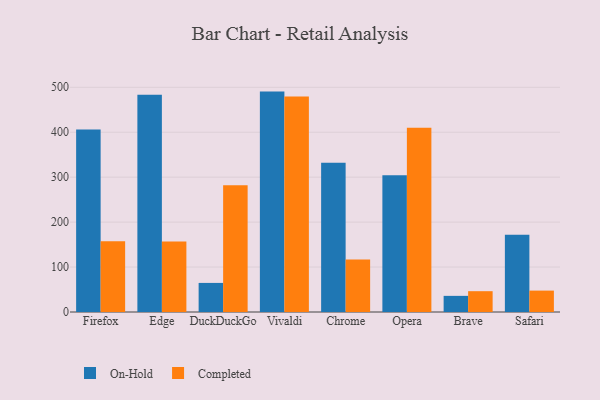
{"axis": {"x": "Browser", "y": "Satisfaction Score"}, "legend": ["Completed", "On-Hold"], "data": [{"x": "Firefox", "y": 405.9, "type": "On-Hold"}, {"x": "Firefox", "y": 157.5, "type": "Completed"}, {"x": "Edge", "y": 483.5, "type": "On-Hold"}, {"x": "Edge", "y": 157.1, "type": "Completed"}, {"x": "DuckDuckGo", "y": 64.7, "type": "On-Hold"}, {"x": "DuckDuckGo", "y": 282.0, "type": "Completed"}, {"x": "Vivaldi", "y": 490.4, "type": "On-Hold"}, {"x": "Vivaldi", "y": 479.5, "type": "Completed"}, {"x": "Chrome", "y": 331.9, "type": "On-Hold"}, {"x": "Chrome", "y": 116.8, "type": "Completed"}, {"x": "Opera", "y": 304.5, "type": "On-Hold"}, {"x": "Opera", "y": 410.2, "type": "Completed"}, {"x": "Brave", "y": 35.9, "type": "On-Hold"}, {"x": "Brave", "y": 46.3, "type": "Completed"}, {"x": "Safari", "y": 171.9, "type": "On-Hold"}, {"x": "Safari", "y": 47.6, "type": "Completed"}]}